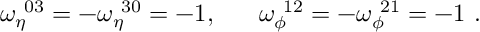
\omega _ { \eta } ^ { ~ 0 3 } = - \omega _ { \eta } ^ { ~ 3 0 } = - 1 , ~ ~ ~ ~ ~ \omega _ { \phi } ^ { ~ 1 2 } = - \omega _ { \phi } ^ { ~ 2 1 } = - 1 ~ .